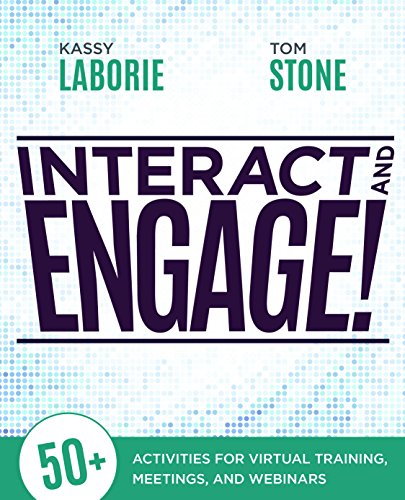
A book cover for Interact and Engage!; Kassy Laborie; Education & Teaching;